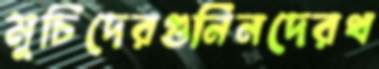
মুচিদেরগুনিনদেরথ